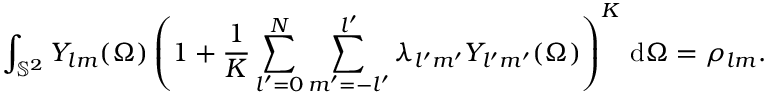
\int _ { \mathbb { S } ^ { 2 } } Y _ { l m } ( \Omega ) \left( 1 + \frac { 1 } { K } \sum _ { l ^ { \prime } = 0 } ^ { N } \sum _ { m ^ { \prime } = - l ^ { \prime } } ^ { l ^ { \prime } } \lambda _ { l ^ { \prime } m ^ { \prime } } Y _ { l ^ { \prime } m ^ { \prime } } ( \Omega ) \right) ^ { K } \, \mathrm { d } \Omega = \rho _ { l m } .